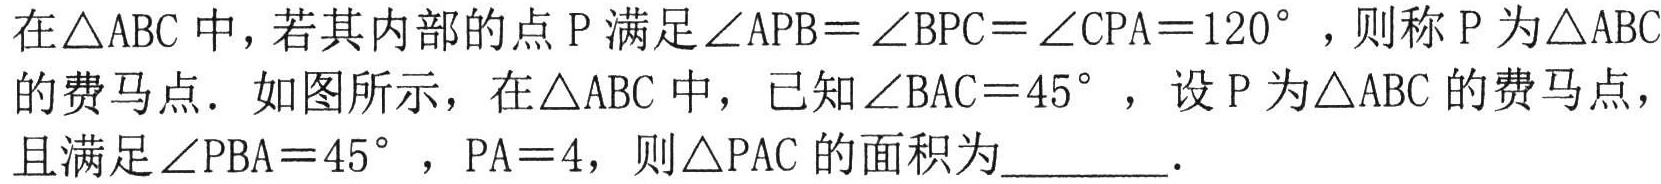
在\(\triangle ABC\)中，若其内部的点 \(P\) 满足\(\angle APB = \angle BPC = \angle CPA = 120^{\circ}\)，则称 \(P\) 为\(\triangle ABC\)的费马点．如图所示，在\(\triangle ABC\)中，已知\(\angle BAC = 45^{\circ}\)，设 \(P\) 为\(\triangle ABC\)的费马点，且满足\(\angle PBA = 45^{\circ}\)，\(PA = 4\)，则\(\triangle PAC\)的面积为________．